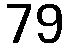
79